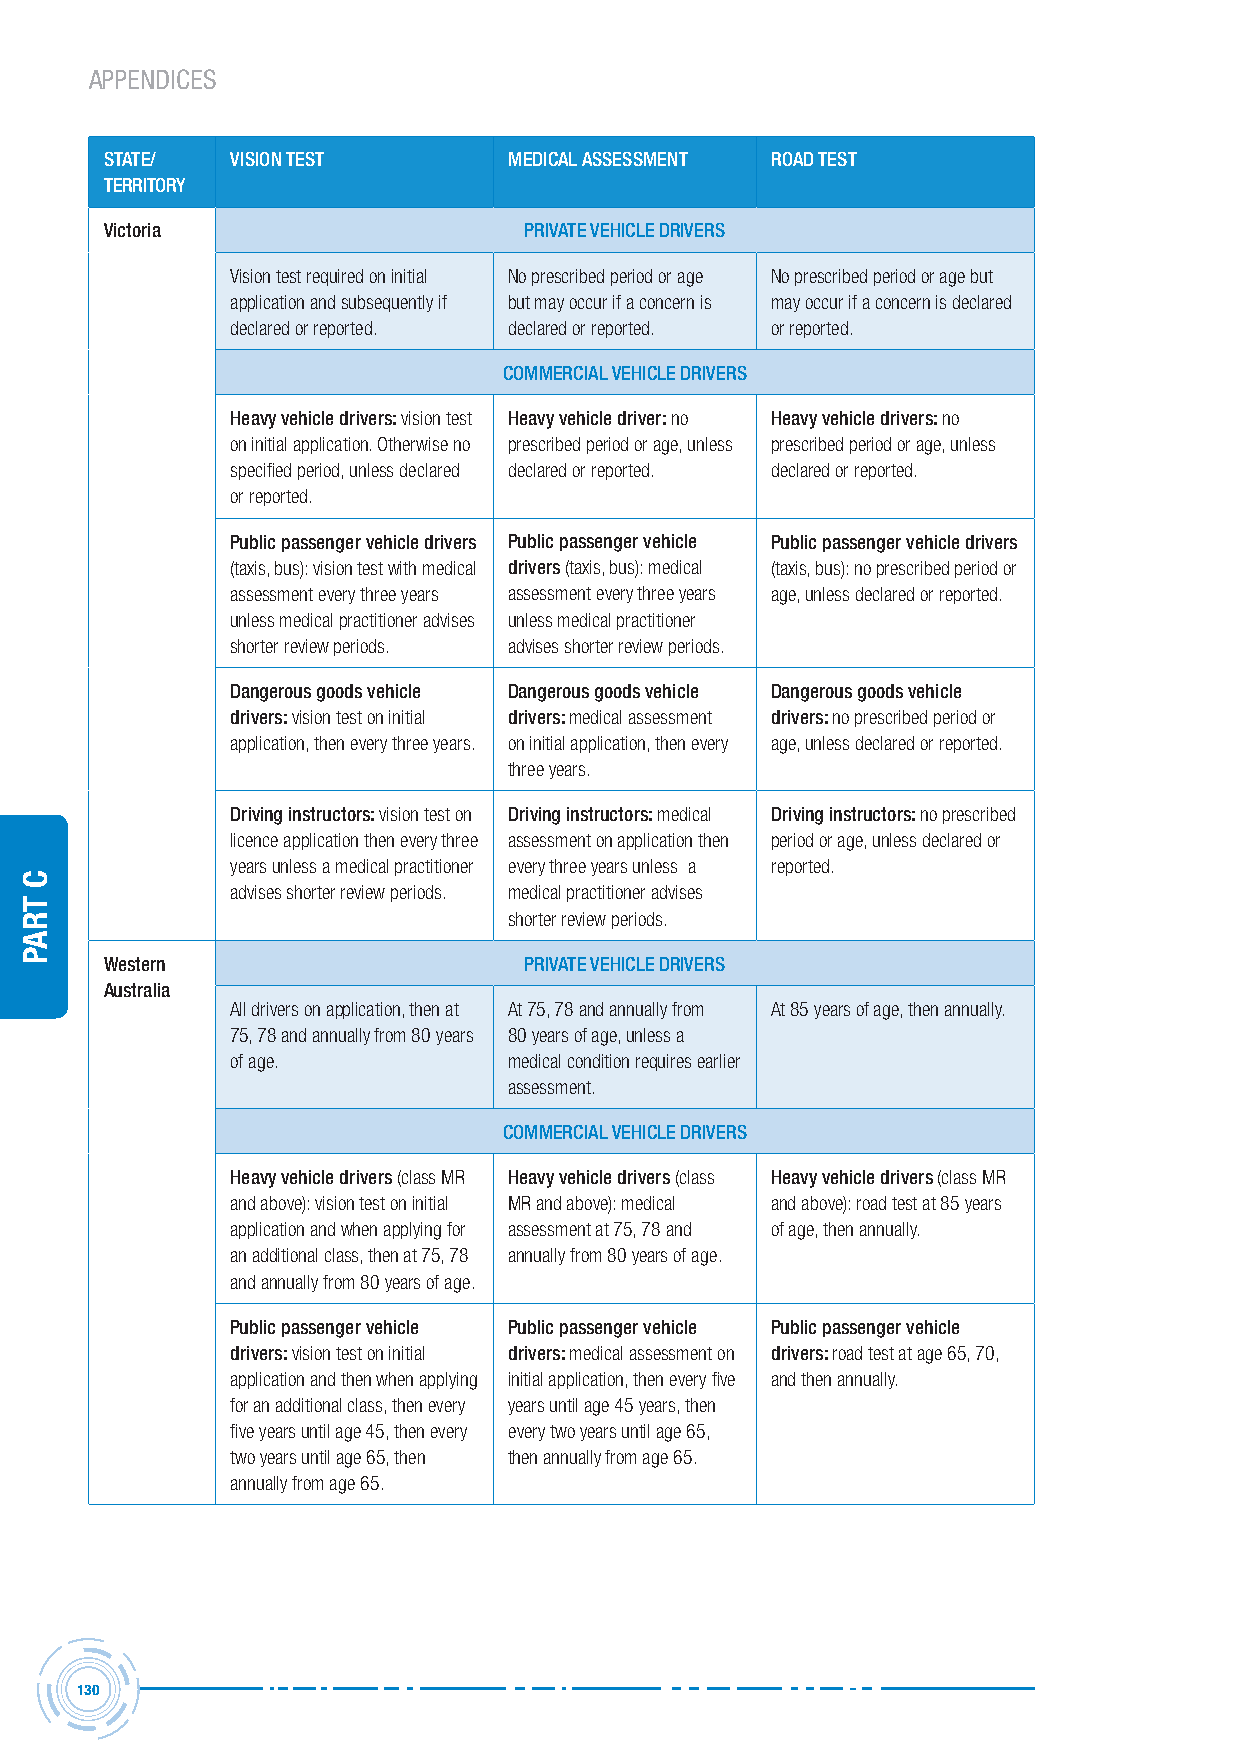
APPENDICES
 stAte/  vision test        MeDicAL AssessMent roAD test
 territorY
 victoria                    PrivAte vehicLe Drivers
 Vision test required on initial No prescribed period or age No prescribed period or age but
 application and subsequently if but may occur if a concern is may occur if a concern is declared
 declared or reported. declared or reported. or reported.
 coMMerciAL vehicLe Drivers
 heavy vehicle drivers: vision test heavy vehicle driver: no heavy vehicle drivers: no
 on initial application. Otherwise no prescribed period or age, unless prescribed period or age, unless
 specified period, unless declared declared or reported. declared or reported.
 or reported.
 Public passenger vehicle drivers Public passenger vehicle Public passenger vehicle drivers
 (taxis, bus): vision test with medical drivers (taxis, bus): medical (taxis, bus): no prescribed period or
 assessment every three years assessment every three years age, unless declared or reported.
 unless medical practitioner advises unless medical practitioner
 shorter review periods. advises shorter review periods.
 Dangerous goods vehicle Dangerous goods vehicle Dangerous goods vehicle
 drivers: vision test on initial drivers: medical assessment drivers: no prescribed period or
 application, then every three years. on initial application, then every age, unless declared or reported.
 three years.
 Driving instructors: vision test on Driving instructors: medical Driving instructors: no prescribed
 licence application then every three assessment on application then period or age, unless declared or
 years unless a medical practitioner every three years unless a reported.
 advises shorter review periods. medical practitioner advises
 shorter review periods.
 Western                     PrivAte vehicLe Drivers
 Australia
 All drivers on application, then at At 75, 78 and annually from At 85 years of age, then annually.
 75, 78 and annually from 80 years 80 years of age, unless a
 of age.            medical condition requires earlier
 assessment.
 coMMerciAL vehicLe Drivers
 heavy vehicle drivers (class MR heavy vehicle drivers (class heavy vehicle drivers (class MR
 and above): vision test on initial MR and above): medical and above): road test at 85 years
 application and when applying for assessment at 75, 78 and of age, then annually.
 an additional class, then at 75, 78 annually from 80 years of age.
 and annually from 80 years of age.
 Public passenger vehicle Public passenger vehicle Public passenger vehicle
 drivers: vision test on initial drivers: medical assessment on drivers: road test at age 65, 70,
 application and then when applying initial application, then every five and then annually.
 for an additional class, then every years until age 45 years, then
 five years until age 45, then every every two years until age 65,
 two years until age 65, then then annually from age 65.
 annually from age 65.
 130
 C
 traP